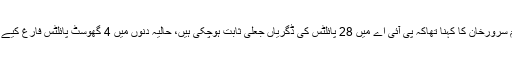
غلام سرورخان کا کہنا تھاکہ پی آئی اے میں 28 پائلٹس کی ڈگریاں جعلی ثابت ہوچکی ہیں، حالیہ دنوں میں 4 گھوسٹ پائلٹس فارغ کیے ہیں۔